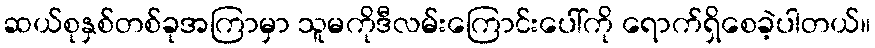
ဆယ်စုနှစ်တစ်ခုအကြာမှာ သူမကိုဒီလမ်းကြောင်းပေါ်ကို ရောက်ရှိစေခဲ့ပါတယ်။